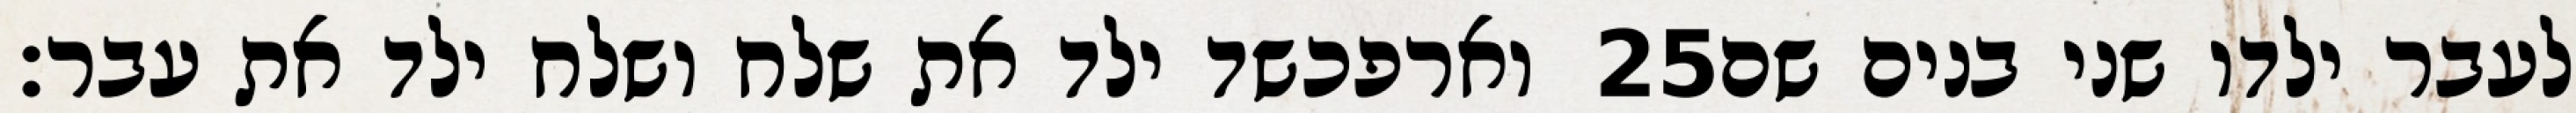
וארפכשד ילד את שלח ושלח ילד את עבר׃ ‎25‏ לעבר ילדו שני בנים שם